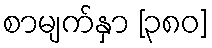
စာမျက်နှာ [၃၈၀]